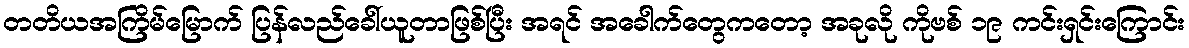
တတိယအကြိမ်မြောက် ပြန်လည်ခေါ်ယူတာဖြစ်ပြီး အရင် အခေါက်တွေကတော့ အခုလို ကိုဗစ် ၁၉ ကင်းရှင်းကြောင်း